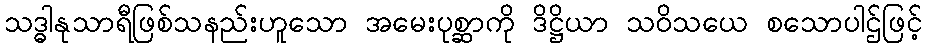
သဒ္ဓါနုသာရီဖြစ်သနည်းဟူသော အမေးပုစ္ဆာကို ဒိဋ္ဌိယာ သဝိသယေ စသောပါဌ်ဖြင့်